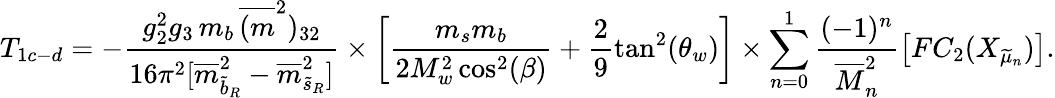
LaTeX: T_{1c-d}=-\frac{g_{2}^{2}g_{3}\, m_{b}\, \overline{{{(m}}}^{2})_{32}}{16\pi^{2}[\overline{{{m}}}_{\widetilde{b}_{R}}^{2}-\overline{{{m}}}_{\widetilde{s}_{R}}^{2}]}\times\left[\frac{m_{s}m_{b}}{2M_{w}^{2}\cos^{2}(\beta)}+\frac{2}{9}\tan^{2}(\theta_{w})\right]\times\sum_{n=0}^{1}\frac{(-1)^{n}}{\overline{{{M}}}_{n}^{2}}\left[FC_{2}(X_{\widetilde{\mu}_{n}})\right].